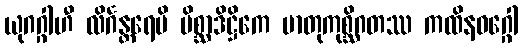
ယုဂဂ္ဂါဟီ လိင်္ဂန္တရေပိ မိစ္ဆာဒိဋ္ဌိကေ မာတုကုစ္ဆိဂတဿ ကထိနဝဂ္ဂေါ